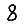
Digit: 8